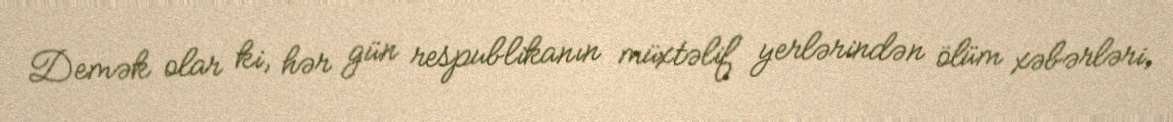
Demək olar ki, hər gün respublikanın müxtəlif yerlərindən ölüm xəbərləri,